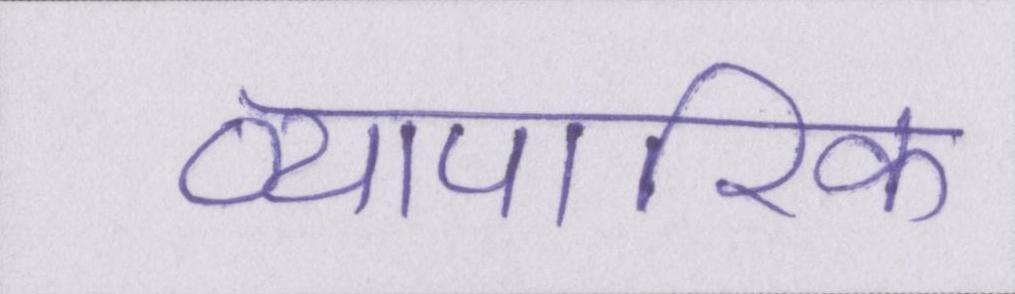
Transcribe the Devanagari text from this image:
व्यापारिक